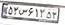
۵۲س۶۱۳۵۳